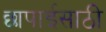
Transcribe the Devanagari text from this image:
छापाईसाठी